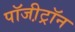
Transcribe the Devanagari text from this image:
पॉजी़ट्रॉन